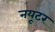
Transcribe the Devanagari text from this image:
नयूटर